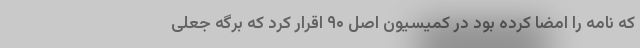
که نامه را امضا کرده بود در کمیسیون اصل ۹۰ اقرار کرد که برگه جعلی